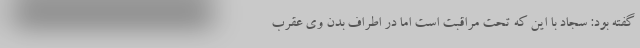
گفته بود: سجاد با این که تحت مراقبت است اما در اطراف بدن وی عقرب